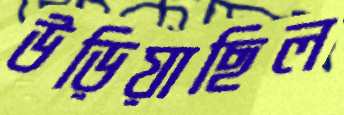
উড়িয়াছিল